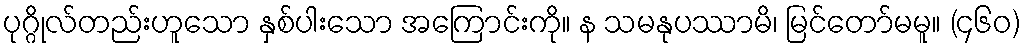
ပုဂ္ဂိုလ်တည်းဟူသော နှစ်ပါးသော အကြောင်းကို။ န သမနုပဿာမိ၊ မြင်တော်မမူ။ (၄၆၀)